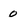
Character: 0